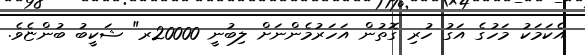
އެކަމަކު މަހުގެ އަގު ހުރި ގޮތުން އަހަރުމެންނަށް ލިބުނީ 20000ރ" ޝަކީބު ބުންޏެވެ.